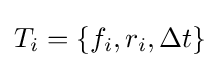
T_{i}=\{f_{i},r_{i},\Delta t\}